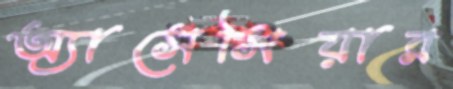
অ্যাসেসিয়ার